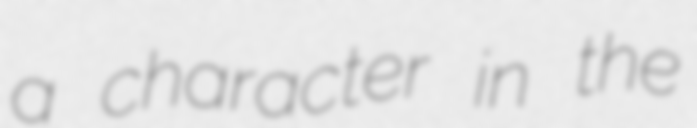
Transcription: a character in the